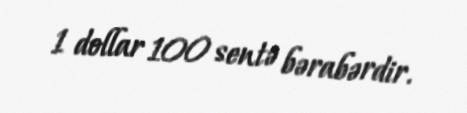
1 dollar 100 sentə bərabərdir.